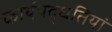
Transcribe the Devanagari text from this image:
कार्यपद्धतियां